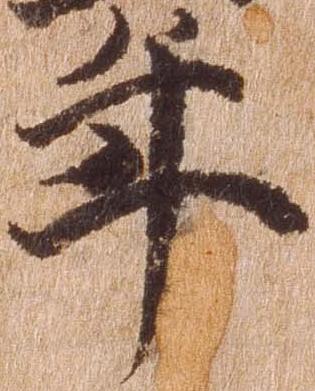
年